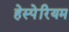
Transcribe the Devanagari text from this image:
हेस्पेरियम